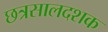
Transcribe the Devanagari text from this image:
छत्रसालदशक